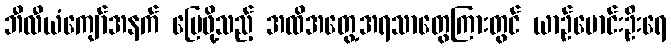
ဘီလီယံကျော်အနက် မြေဖို့သည့် အထိအတွေ့အရသာတွေကြားတွင် ယာဉ်မောင်းဦးရေ